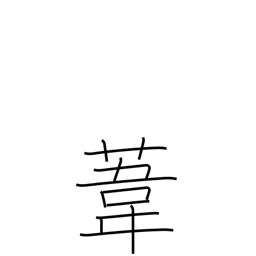
Meaning: reed